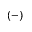
( - )